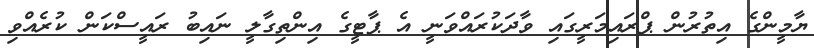
ޔާމީންގެ އިތުރުން ޕްރައިމަރީގައި ވާދަކުރައްވަނީ އެ ޕާޓީގެ އިންތިގާލީ ނައިބު ރައީސްކަން ކުރެއްވި